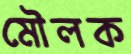
মৌলক